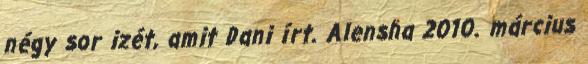
négy sor izét, amit Dani írt. Alensha 2010. március